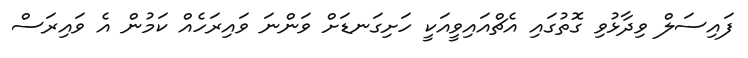
ފައިސަލް ވިދާޅުވި ގޮތުގައި އެޗްއައިވީއަކީ ހަށިގަނޑަށް ވަންނަ ވައިރަހެއް ކަމުން އެ ވައިރަސް